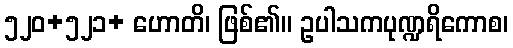
၅၂၀+၅၂၁+ ဟောတိ၊ ဖြစ်၏။ ဥပါသကပုဏ္ဍရိကောစ၊